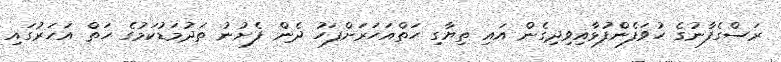
ރަސްގެފާނުގެ ހުވަފެންފުޅާއިވިދިގެން އައި ތިޔާގި ހަތްއަހަރަށްފަހު ދެން ފެށުނު ތަދުމަޑުކަމުގެ ހަތް އަހަރުގައި